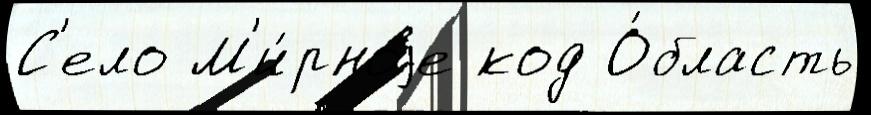
С'ело М'и́рноjе код О́бласть